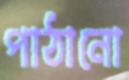
পাঠানো